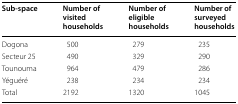
| Sub-space | Number of visited households | Number of eligible households | Number of surveyed households |
 | --- | --- | --- | --- |
 | Dogona | 500 | 279 | 235 |
 | Secteur 25 | 490 | 329 | 290 |
 | Tounouma | 964 | 479 | 286 |
 | Yéguéré | 238 | 234 | 234 |
 | Total | 2192 | 1320 | 1045 |